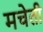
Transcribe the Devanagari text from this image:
मचेती